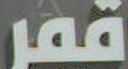
قمر